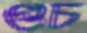
গুচ